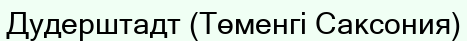
Дудерштадт (Төменгі Саксония)